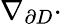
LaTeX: \nabla_{\partial D}\cdot